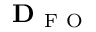
\mathbf { D } _ { \mathrm { ~ F ~ O ~ } }